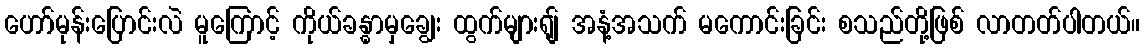
ဟော်မုန်းပြောင်းလဲ မူကြောင့် ကိုယ်ခန္ဓာမှချွေး ထွက်များရျ် အနံ့အသက် မကောင်းခြင်း စသည်တို့ဖြစ် လာတတ်ပါတယ်။